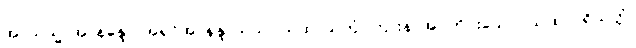
အာယသ္မာအာနန္ဒော၊ အရှင်အာနန္ဒာသည်။ ယထာသုတံ၊ ကြားနာအပ်တိုင်းသော။ ယထာပရိယတ္တံ၊